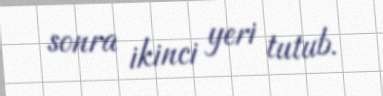
sonra ikinci yeri tutub.